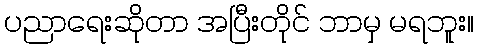
ပညာရေးဆိုတာ အပြီးတိုင် ဘာမှ မရဘူး။